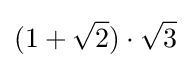
(1+{\sqrt {2}})\cdot {\sqrt {3}}